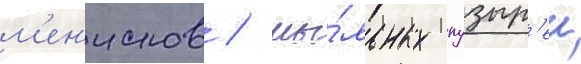
м'ен'исков / мы́льных пузыр'еи